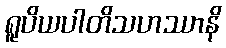
ရူပိယပါတိသဟဿာနိ